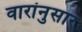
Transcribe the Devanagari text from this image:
वारांनुसार